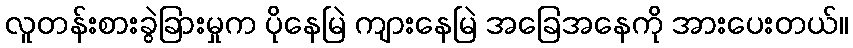
လူတန်းစားခွဲခြားမှုက ပိုနေမြဲ ကျားနေမြဲ အခြေအနေကို အားပေးတယ်။